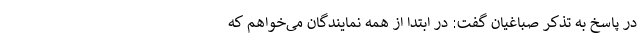
در پاسخ به تذکر صباغیان گفت: در ابتدا از همه نمایندگان می‌خواهم که